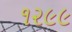
૧૨૯૯